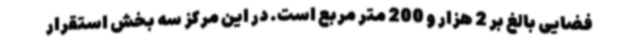
فضایی بالغ بر 2 هزار و 200 متر مربع است. در این مرکز سه بخش استقرار